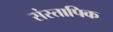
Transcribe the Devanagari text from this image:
संस्तापिक